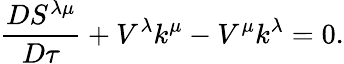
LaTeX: {\frac{DS^{\lambda\mu}}{D\tau}}+V^{\lambda}k^{\mu}-V^{\mu}k^{\lambda}=0.